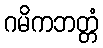
ဂမိကဘတ္တံ